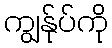
ကျွန်ုပ်ကို